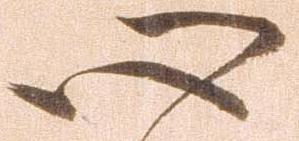
心